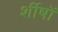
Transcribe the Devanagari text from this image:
र्शीषों